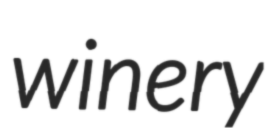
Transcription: winery